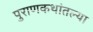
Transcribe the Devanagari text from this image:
पुराणकथांतल्या